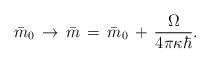
LaTeX: \begin{align*}\bar m_0\,\rightarrow\,\bar m\,=\,\bar m_0\,+\, {\Omega\over 4\pi\kappa\hbar}.\end{align*}